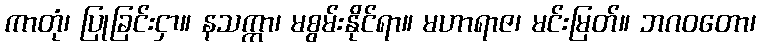
ကာတုံ၊ ပြုခြင်းငှာ။ နသက္ကာ၊ မစွမ်းနိုင်ရာ။ မဟာရာဇ၊ မင်းမြတ်။ ဘဂဝတော၊